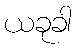
ယခုခါ